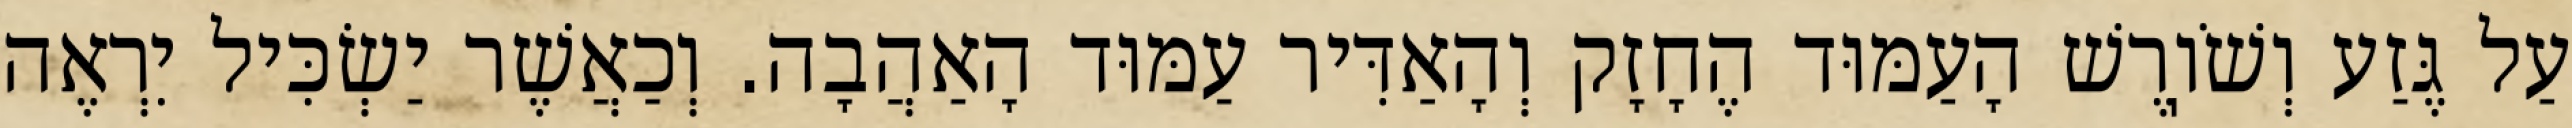
עַל גֶּזַע וְשֹׁוֽרֶשׁ הָעַמּוּד הֶחָזָק וְהָאַדִּיר עַמּוּד הָאַהֲבָה. וְכַאֲשֶׁר יַשְׂכִּיל יִרְאֶה